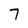
Character: 7